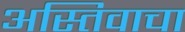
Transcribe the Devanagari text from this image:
अस्तिवाचा